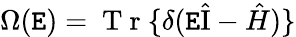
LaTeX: \Omega(\mathtt{E})=\mathrm{{~T~r~}}\{ \delta(\mathtt{E}\hat{{\mathrm{{I}}}}-\hat{{H}})\}